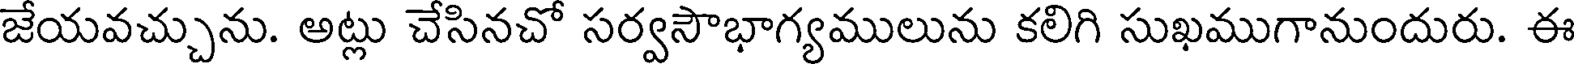
జేయవచ్చును. అట్లు చేసినచో సర్వసౌభాగ్యములును కలిగి సుఖముగానుందురు. ఈ